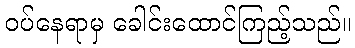
ဝပ်နေရာမှ ခေါင်းထောင်ကြည့်သည်။